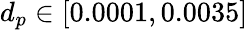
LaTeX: d_{p}\in[0.0001,0.0035]